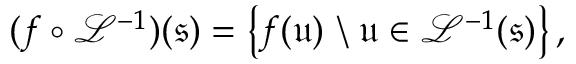
( f \circ \mathcal { L } ^ { - 1 } ) ( \mathfrak { s } ) = \left\{ f ( \mathfrak { u } ) \ \backslash \ \mathfrak { u } \in \mathcal { L } ^ { - 1 } ( \mathfrak { s } ) \right\} ,